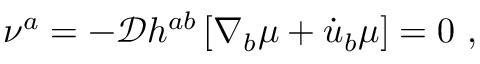
\nu ^ { a } = - \mathcal { D } h ^ { a b } \left[ \nabla _ { b } \mu + \dot { u } _ { b } \mu \right] = 0 ~ ,